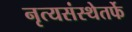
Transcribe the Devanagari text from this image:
नृत्यसंस्थेतर्फे